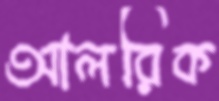
আলরিক